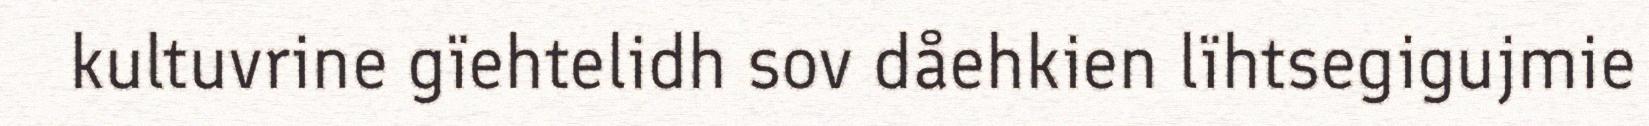
kultuvrine gïehtelidh sov dåehkien lïhtsegigujmie